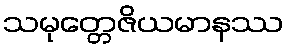
သမုတ္တေဇိယမာနဿ